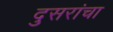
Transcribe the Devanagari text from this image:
दुसरांचा